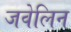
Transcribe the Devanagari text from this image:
जवेलिन